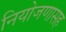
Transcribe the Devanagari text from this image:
नियोजणासह